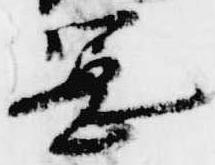
憲